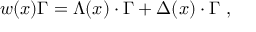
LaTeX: w ( x ) \Gamma = \Lambda ( x ) \cdot \Gamma + \Delta ( x ) \cdot \Gamma \, \, ,